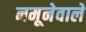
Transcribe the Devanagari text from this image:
नमूनेवाले